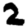
Digit: 2